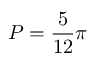
P = \frac { 5 } { 1 2 } \pi